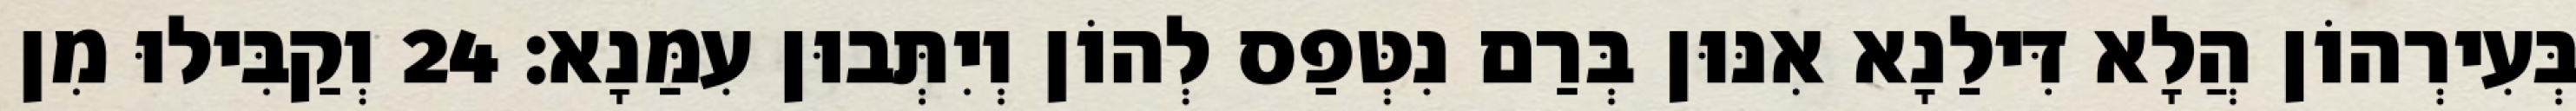
בְּעִירְהוֹן הֲלָא דִּילַנָא אִנּוּן בְּרַם נִטְּפַס לְהוֹן וְיִתְּבוּן עִמַּנָא׃ 24 וְקַבִּילוּ מִן